Annual report on the lock hospitals of the Madras Presidency
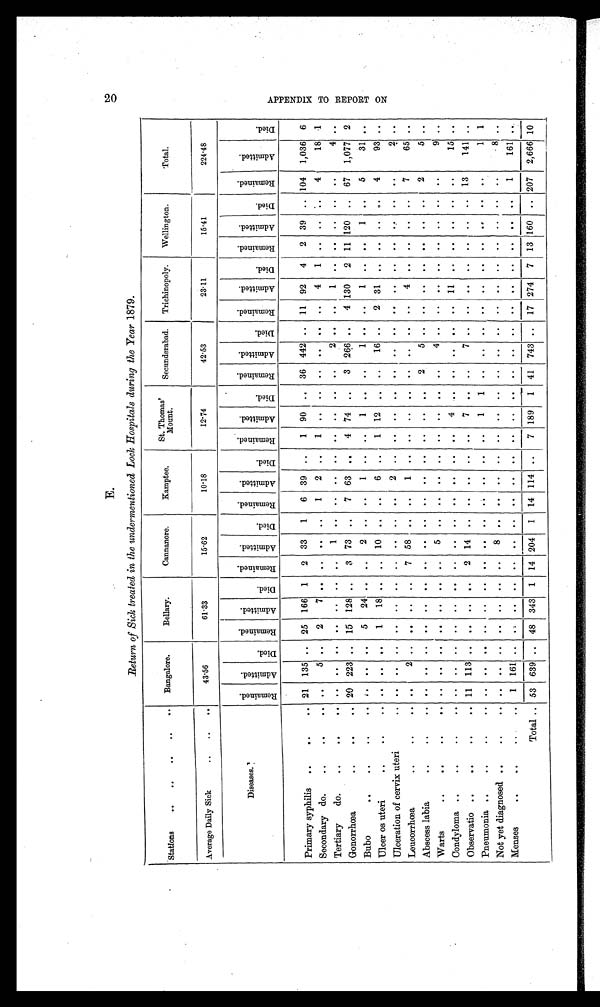
E.
20
Return of Sick treated in the undermentioned Lock Hospitals during the Year 1879.
Stations
..
..
. .
. . Bangalore.
Bellary.
Cannanore.
Kamptee.
St.Thomas'
Mount.
Secunderabad.
Trichinopoly.
Wellington.
Total.
Average Daily Sick
..
..
..
43.56
61.33
15.62
10.18
12.74
42.53
23.11
15.41
224.48
Diseases.
Remai ned
A d m i t t e d
D i e d
R e ma i n e d
A d m i t t e d
D i e d
R e m a i n e d
A d m i t t e d
D i e d R e m a i n e d A d m i t t e d
D i e d
R e m a i n e d
A d m i t t e d
D i e d
R e m a i n e d
A d m i t t e d
D i e d
R e m a i n e d
A d m i t t e d
D i e d
R e m a i n e d
A d m i t t e d
D i e d
R e m a i n e d
A d m i t t e d
D i e d
Primary syphilis ..
..
. . 21 135 .. 25 166 1
2 33
1
6 39 ..
1 90 ..
36 442 .. 11 92
4
2 39 .. 104 1,036 6
Secondary do.
..
..
. . ..
5 . .
2
7
. .
. .
. .
. .
1
2
. .
1
. . . .
. .
. .
. .
. .
4
1 ..
. .
. . 4
18 1
Tertiary
do.
..
..
.. ..
..
. .
..
. .
. .
. .
1
. .
. .
. .
. .
. .
. .
. .
. .
2
. .
. .
1
. .
..
. .
. .
4
. .
Gonorrhoea
..
..
.. 20 223 .. 15 128 ..
3 73 ..
7 63 ..
4 74 ..
3 266 ..
4 130
2 11 120 .. 67 1,077 2
Bubo
..
..
..
. .
..
. .
5
24 . .
. .
2 ..
..
1
. .
..
1
. .
. .
1
. .
. . 1
. .
. .
. .
. . 5
31 ..
Ulcer os uteri
..
..
. .
. . ..
. .
1
18
. . .. 10 .. ..
6
. .
1 12
16 ..
2 31
. .
. . .. ..
4
93
. .
Ulceration of cervix uteri
. . ..
.. . .
..
. .
. .
. .
. .
. .
..
2
. .
..
. .
. .
..
. .
. .
. .
. .
. .
. .
. .
2
. .
Leucorrhœa
..
..
. . ..
2 . .
..
..
. .
7 58 .. ..
1
. .
..
. . ..
. .
..
. .
. . 4
. .
. .
. .
. . 7
65
. .
Abscess labia
..
..
. . ..
..
. .
.. ..
. .
. . ..
. .
..
. .
. .
. .
. .
. .
2
5 ..
. .
. .
. .
. .
. .
. . 2
5 ..
Warts
.. ..
..
. .
. . ..
. .
..
. .
. .
. .
5
. .
..
. .
. .
. .
. .
. .
. .
4
. .
. .
. .
. .
. .
. .
. .
. .
9 ..
Condyloma ..
..
..
. . ..
..
. .
..
..
. .
. .
. .
. .
..
. .
. .
.. 4
. .
. .
. .
. .
. . 11
. .
. .
. .
. .
. .
15 ..
Observatio ..
..
. . 11 113 ..
..
..
. .
2 14
. .
..
. . ..
.. 7
. .
. .
7
. .
. .
. . ..
. . ..
. . 13
141
. .
Pneumonia ..
..
..
. . ..
.. ..
.. ..
. .
. .
. .
. .
. .
. .
. .
1
1
. .
. .
. .
. .
. .
. .
. .
. .
. .
. .
1 1
Not yet diagnosed ..
..
.. ..
..
. .
..
. .
. .
. . 8
. .
..
. .
. .
..
. .
. .
. .
..
. .
. .
. . ..
. .
. . ..
. .
8
. .
Menses
..
..
. . 1 161 . . ..
..
. .
. .
. .
. . ..
. .
. .
. . ..
. .
. .
. .
. .
. .
. .
. .
. .
. .
. .
1
161
. .
Total .. 53 639 .. 48 343 1 14 204 1 14 114 ..
7 189 1 41 743 .. 17 274 7 13 X160 .. 207 2,666 10
A P P E N D I X T O R E P O R T O N